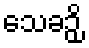
သေခဉှိ